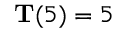
\mathbf { T } ( 5 ) = 5